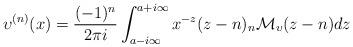
LaTeX: \begin{align*}\upsilon^{(n)}(x)=\frac{(-1)^n}{2\pi i}\int^{a+i\infty}_{a-i\infty}x^{-z}(z-n)_n \mathcal{M}_{{\upsilon}}(z-n)dz\end{align*}